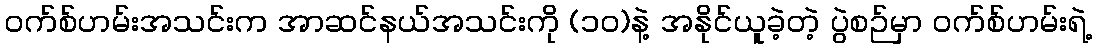
၀က်စ်ဟမ်းအသင်းက အာဆင်နယ်အသင်းကို (၁ဝ)နဲ့ အနိုင်ယူခဲ့တဲ့ ပွဲစဉ်မှာ ဝက်စ်ဟမ်းရဲ့